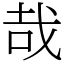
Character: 哉